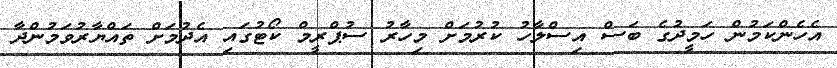
އެހެންކަމުން ހަމީދުގެ ބަސް އިސްލާހު ކުރުމަށް މިހާރު ސުޕްރީމް ކޯޓުގައި އެދުމަށް ތައްޔާރުވަމުންދާ